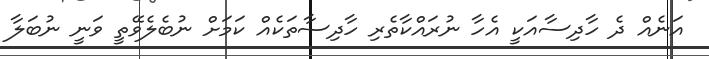
އަނެއް ދެ ހާދިސާއަކީ އެހާ ނުރައްކާތެރި ހާދިސާތަކެއް ކަމަށް ނުބެލެވޭތީ ވަނީ ނުބަލާ